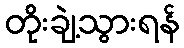
တိုးချဲ့သွားရန်